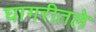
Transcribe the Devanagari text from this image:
घागरीतले